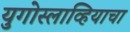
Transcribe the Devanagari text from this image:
युगोस्लाव्हियाचा